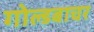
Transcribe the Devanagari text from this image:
गोल्डबाचर